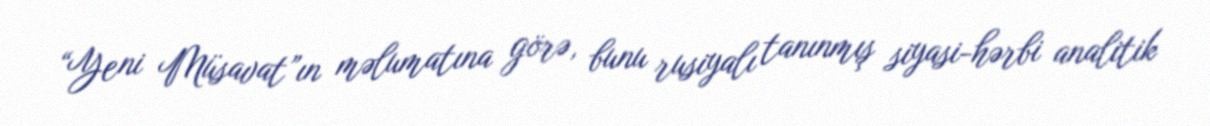
“Yeni Müsavat”ın məlumatına görə, bunu rusiyalı tanınmış siyasi-hərbi analitik